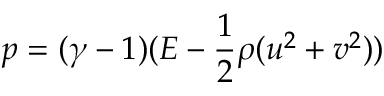
p = ( \gamma - 1 ) ( E - \frac { 1 } { 2 } \rho ( u ^ { 2 } + v ^ { 2 } ) )